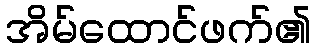
အိမ်ထောင်ဖက်၏